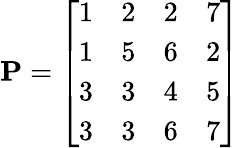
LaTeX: \mathbf{P}={\left[\begin{array}{llll}{1}&{2}&{2}&{7}\\ {1}&{5}&{6}&{2}\\ {3}&{3}&{4}&{5}\\ {3}&{3}&{6}&{7}\end{array}\right]}